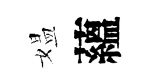
媪蘊